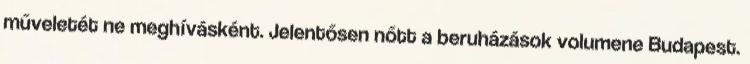
műveletét ne meghívásként. Jelentősen nőtt a beruházások volumene Budapest.